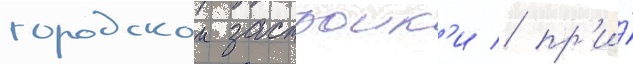
городскои застроик'и / пр'и́